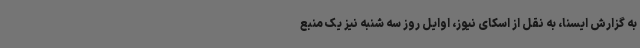
به گزارش ایسنا، به نقل از اسکای نیوز، اوایل روز سه شنبه نیز یک منبع